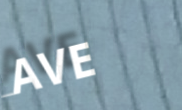
AVE